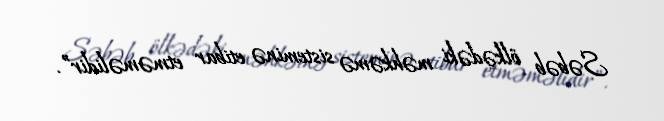
Səbəb ölkədəki məhkəmə sisteminə etibar etməməlidir”.